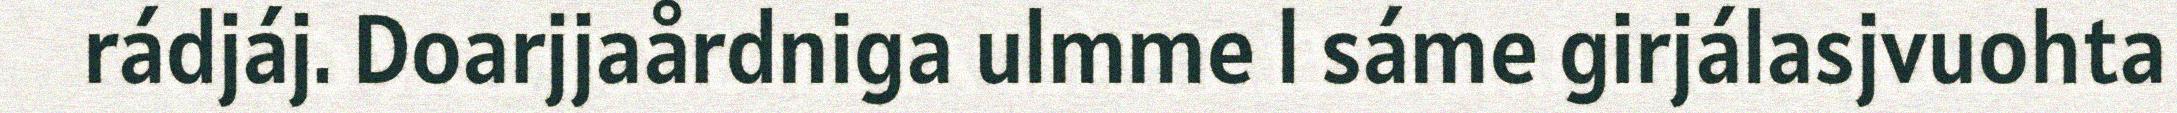
rádjáj. Doarjjaårdniga ulmme l sáme girjálasjvuohta